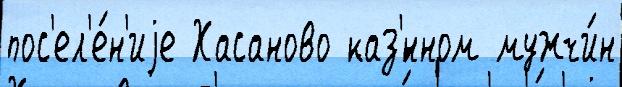
пос'ел'е́н'иjе Хасаново каз'́нном мужчи́н